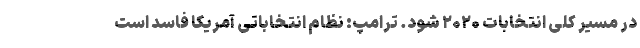
در مسیر کلی انتخابات ۲۰۲۰ شود. ترامپ: نظام انتخاباتی آمریکا فاسد است